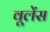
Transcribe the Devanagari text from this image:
वूलेंस